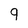
Character: 9